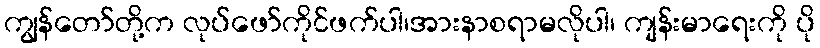
ကျွန်တော်တို့က လုပ်ဖော်ကိုင်ဖက်ပါ၊အားနာစရာမလိုပါ၊ ကျန်းမာရေးကို ပို